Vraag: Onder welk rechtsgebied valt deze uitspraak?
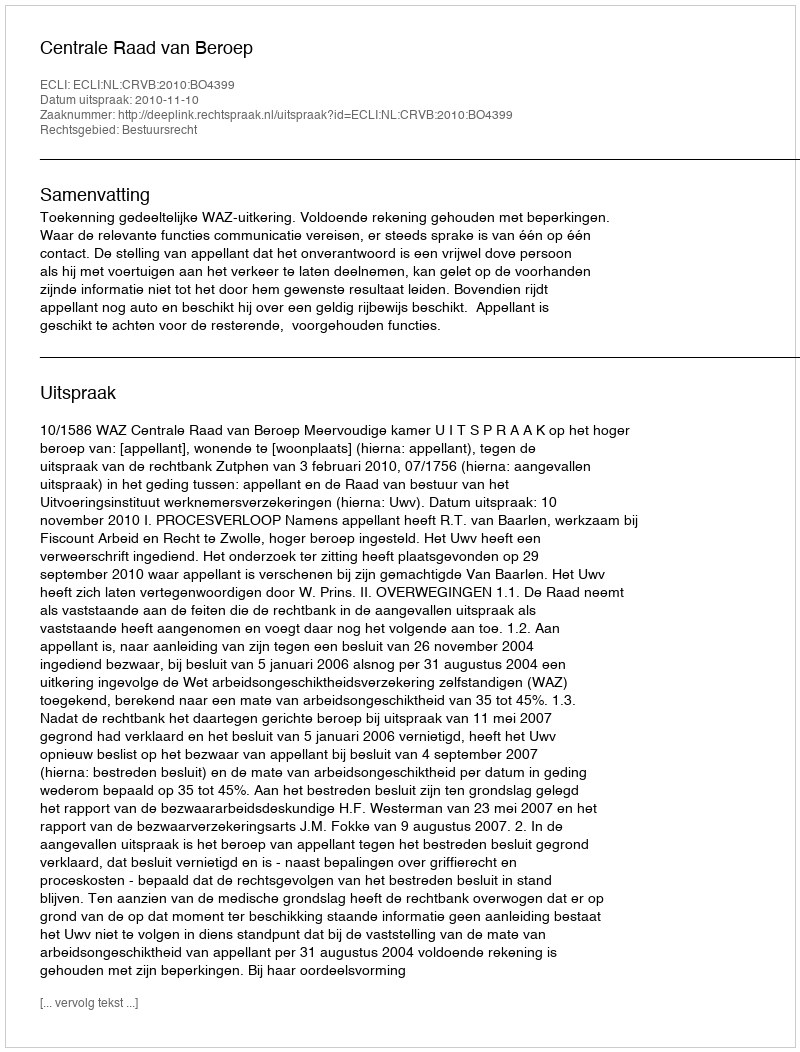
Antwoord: Bestuursrecht